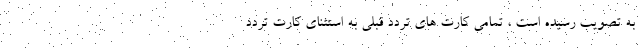
به تصویب رسیده است ، تمامی کارت های تردد قبلی به استثنای کارت تردد